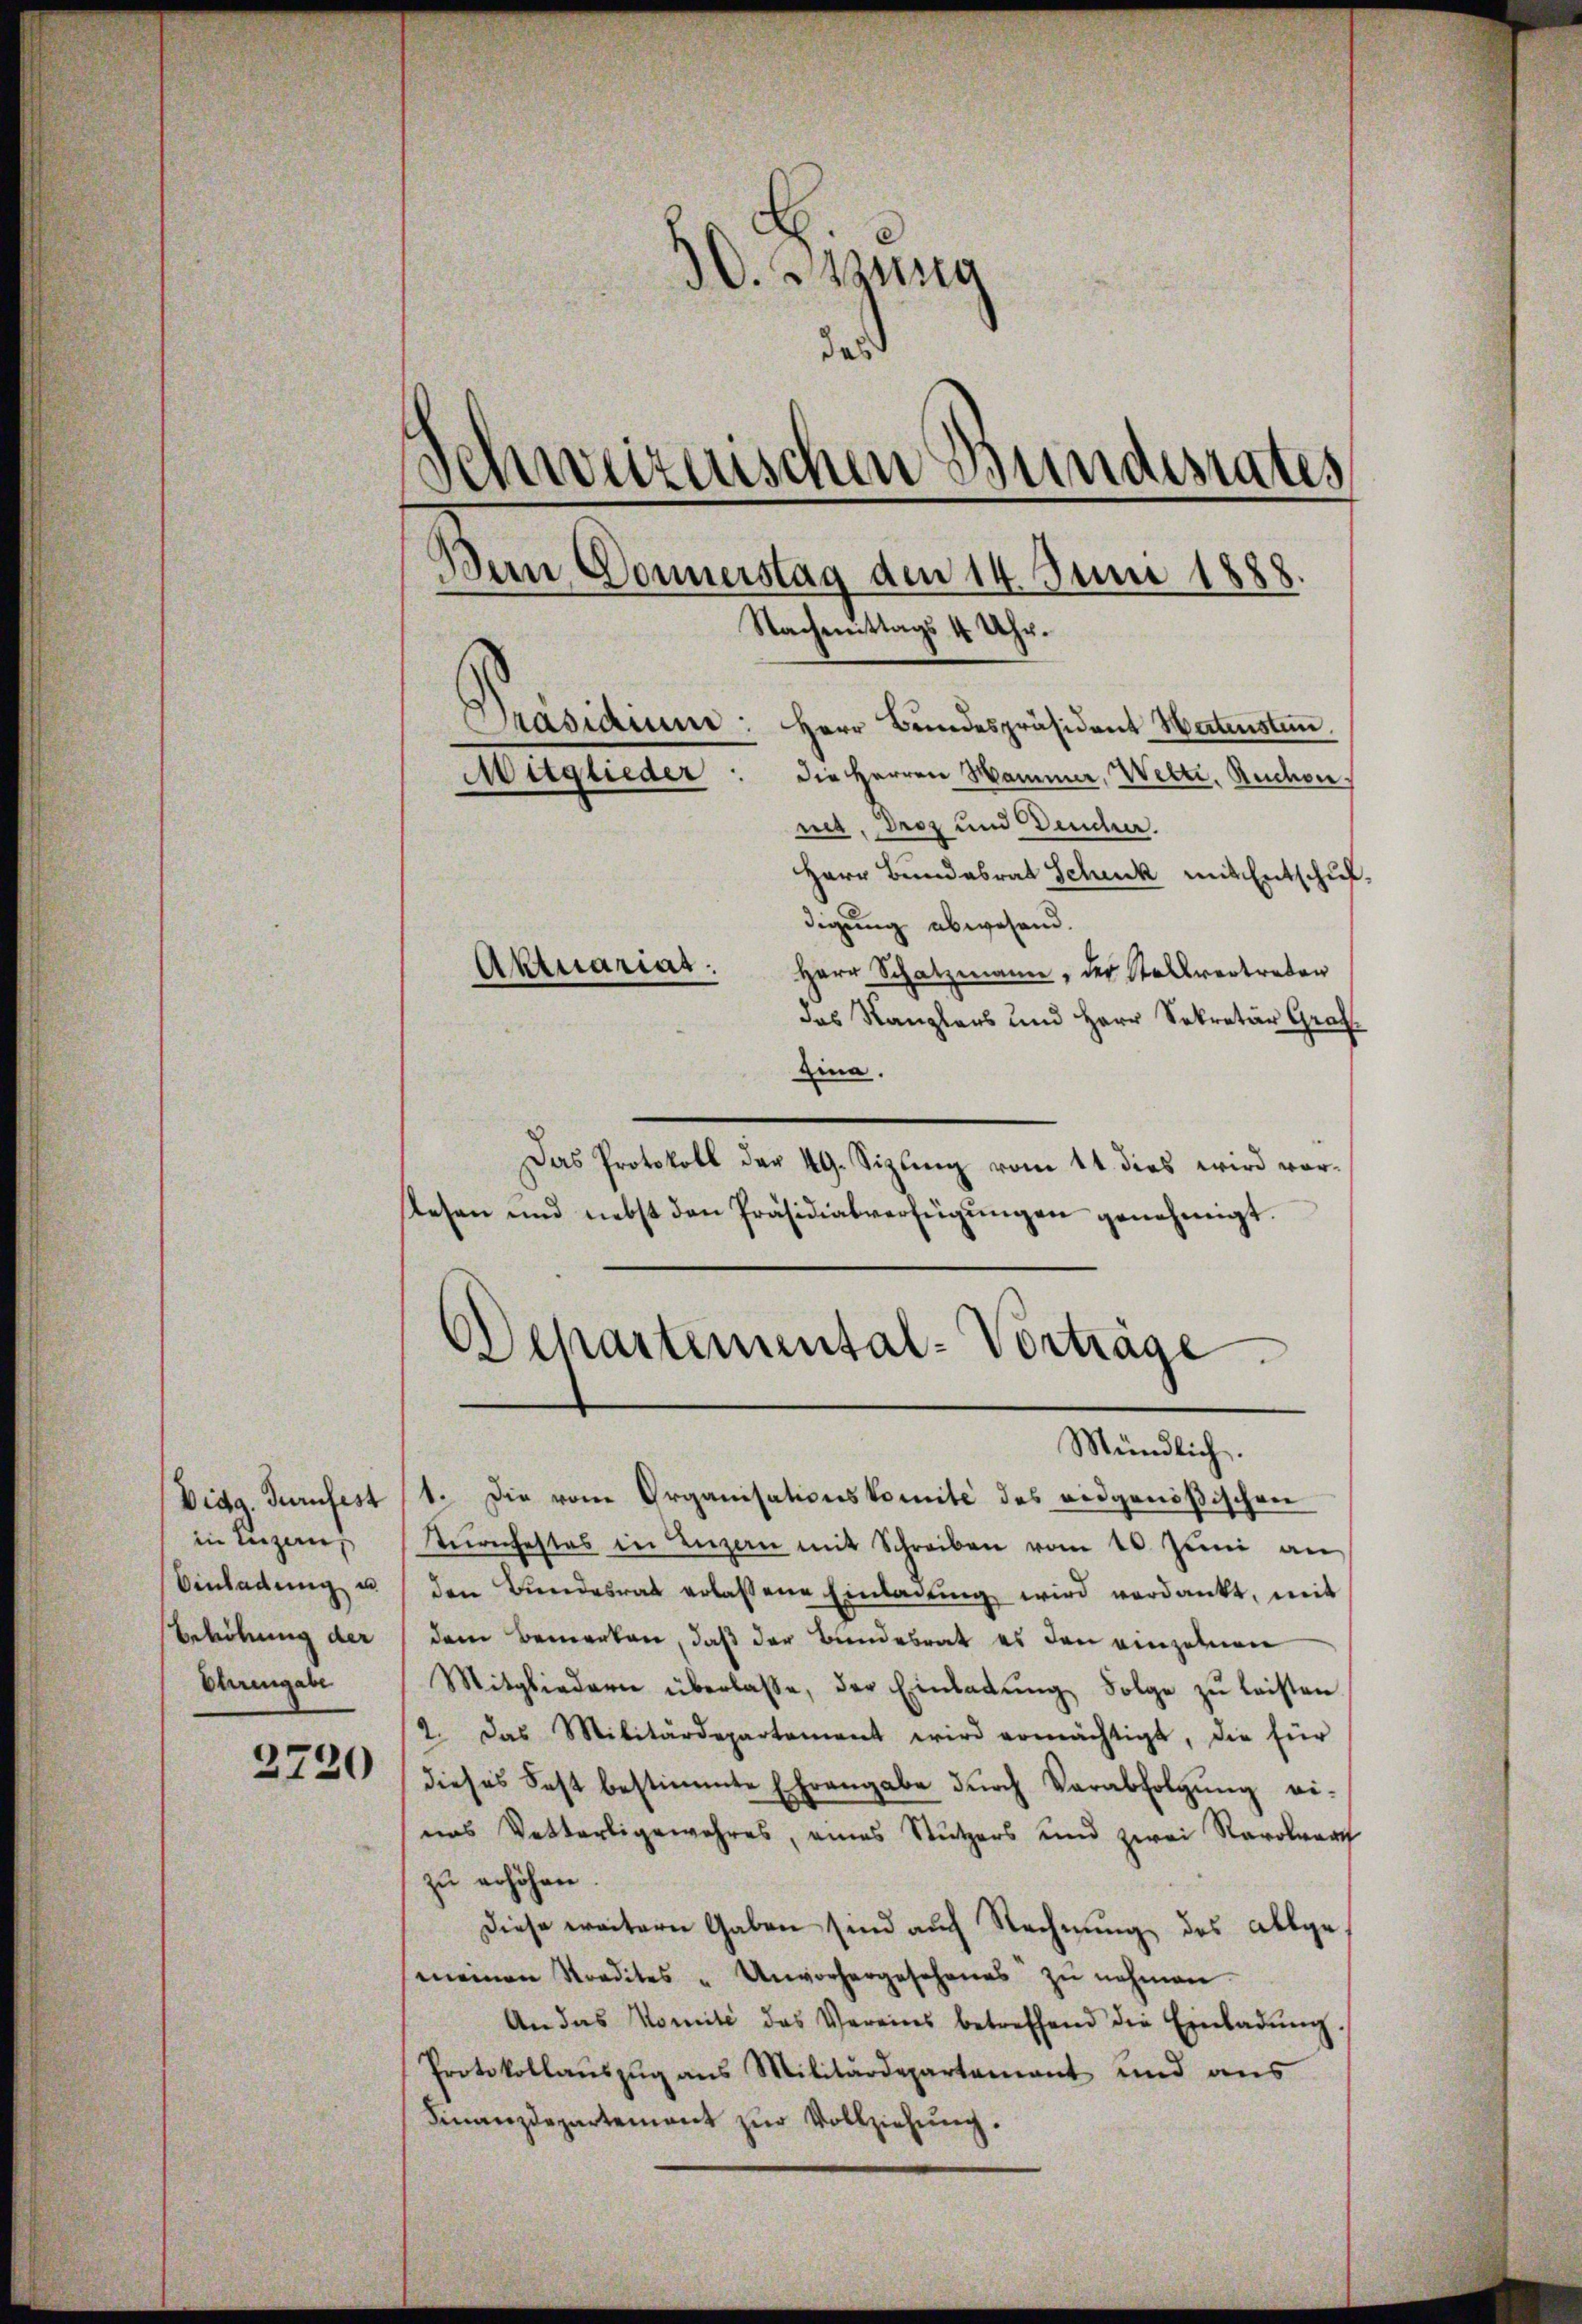
Vidg. Turnfest
in Luzern
Einladung u
Erhöhung der
Ehrengabe

2720

30. Jung
das
Schweizerischen Bundesrates
e
Bern Donnerstag den 14. Juni 1888.
Nachmittags 4 Uhr.
Präsidium: Herr Bundespräsident Watenstein.
Mitglieder: die Herren Mammer, Welti, Rudo
net, derz und Deucher.

Herr Bundesrat Schick mit Entschußdigung abwesend.
Herr Schatzmann, der Stallvertreten
das Kanzlers und Herr Sekretär Graf
Zina.
Das Protokoll der 49. Sizling vom 14. dies wird vorstehen und nebst den Präsidialverfügŭngen genehmigt.
Dchartemental-Vorträge

Aktuarias.

Mündlich.

1. Die von Organisationskomité des eidgenößischen
turnfestes in Luzern mit Schreiben vom 10. Juni an
den Bundesrat erlassene Einladung wird verdankt, mit
dem Bemerken, daß der Bundesrat es den einzelnen
Mitgliedern überlasse, der Einladung Folge zu leisten
2. Das Militärdepartement wird ermächtigt, die für
dieses Fest bestimmte Ehrangabe dŭrch Verabfolgŭng ei-
nas Vetterligewahres, eines Stutzers und zwei Rarolerart
zu erhöhen.
Diese weitern Gaben sind auch Rechnung des allgemeinen Stradites " Unvorhergesehenes zŭ nehmen.
An das Nomité des Vereins betreffend die Einladŭng.
Protokollaŭszŭg ans Militärdepartement und aus
Finanzdepartement zur Vollziehung.